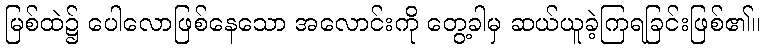
မြစ်ထဲ၌ ပေါလောဖြစ်နေသော အလောင်းကို တွေ့ခါမှ ဆယ်ယူခဲ့ကြရခြင်းဖြစ်၏။